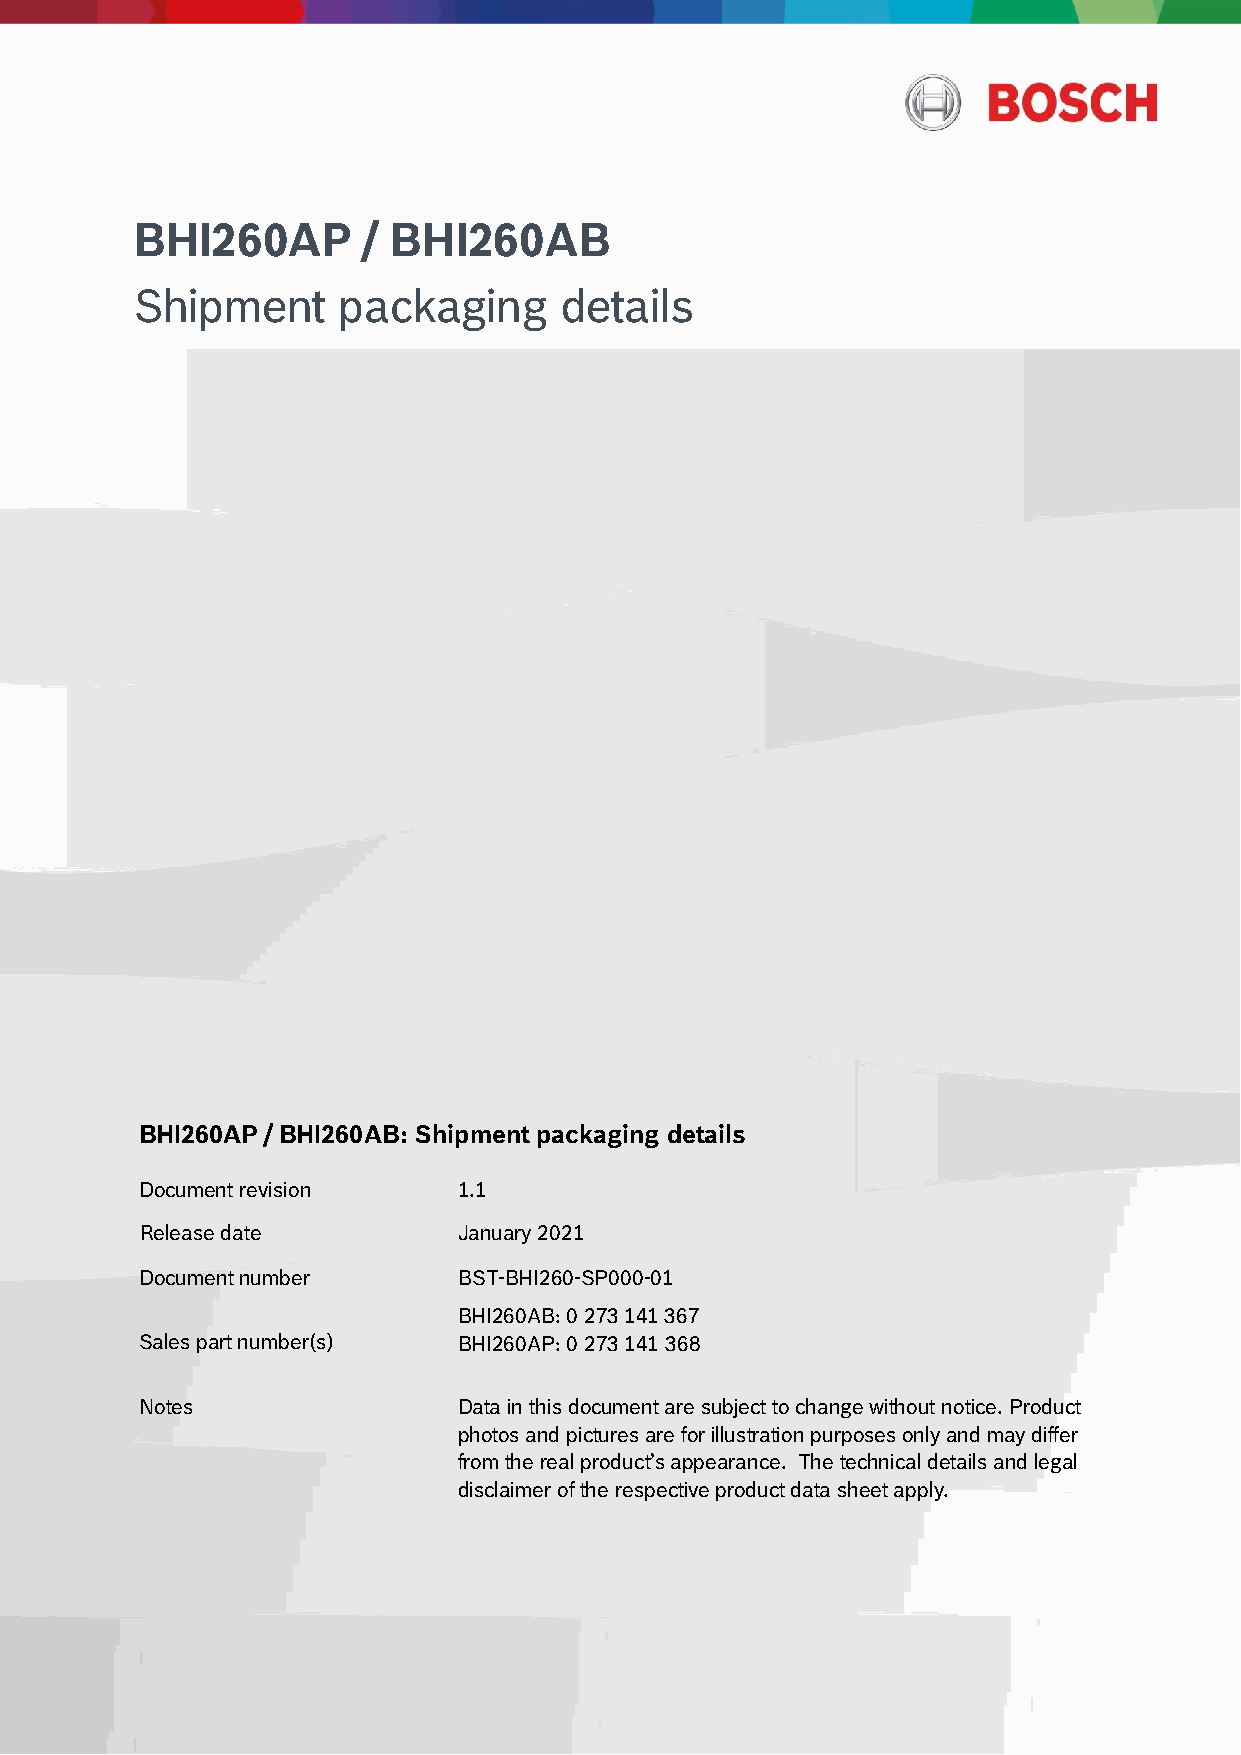
BHI260AP       / BHI260AB
 S hipment    packaging      details
 BHI260AP / BHI260AB: Shipment packaging details
 Document revision    1.1
 Release date         January 2021
 Document number      BST-BHI260-SP000-01
 BHI260AB: 0 273 141 367
 Sales part number(s) BHI260AP: 0 273 141 368
 Notes                Data in this document are subject to change without notice. Product
 photos and pictures are for illustration purposes only and may differ
 from the real product’s appearance. The technical details and legal
 disclaimer of the respective product data sheet apply.